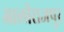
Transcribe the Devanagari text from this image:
आलीराजपुर